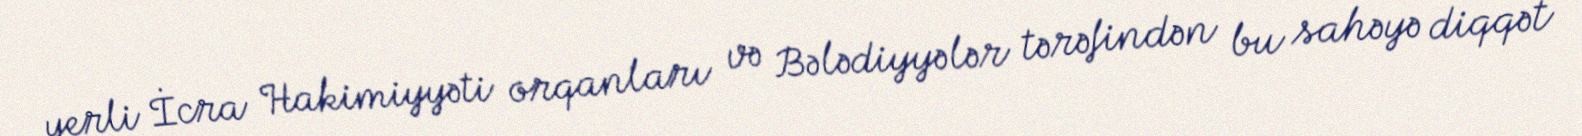
yerli İcra Hakimiyyəti orqanları və Bələdiyyələr tərəfindən bu sahəyə diqqət